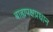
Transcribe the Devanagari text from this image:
बाह्यपक्षप्रधान